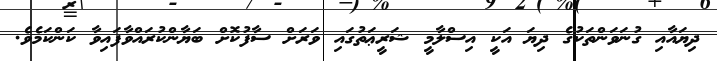
ދިޔައާއި ގުނަވަންތަކުގެ ދިޔަ އަކީ އިސްލާމީ ޝަރީޢަތުގައި ވަރަށް ސާފުކޮށް ބަޔާންކުރައްވާފައިވާ ކަންކަމެވެ.